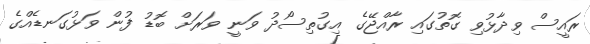
ރައީސް ވިދާޅުވި ގޮތުގައި ރާއްޖޭގެ އިގުތިސޯދު ވަނީ ވަރަށް ބޮޑު ފުން ވަޅުގަނޑެއްގެ